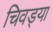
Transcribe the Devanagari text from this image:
चिवड्या